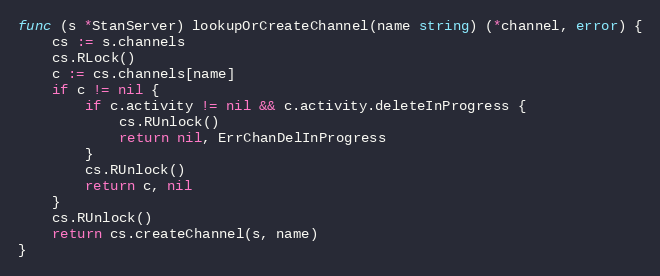
Language: Go
func (s *StanServer) lookupOrCreateChannel(name string) (*channel, error) {
	cs := s.channels
	cs.RLock()
	c := cs.channels[name]
	if c != nil {
		if c.activity != nil && c.activity.deleteInProgress {
			cs.RUnlock()
			return nil, ErrChanDelInProgress
		}
		cs.RUnlock()
		return c, nil
	}
	cs.RUnlock()
	return cs.createChannel(s, name)
}